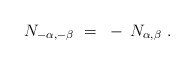
\begin{align*} N_{-\alpha,-\beta}~=~- \, N_{\alpha,\beta}~.\end{align*}